Jaan_Tonisson_(Lasteleht), lk 75
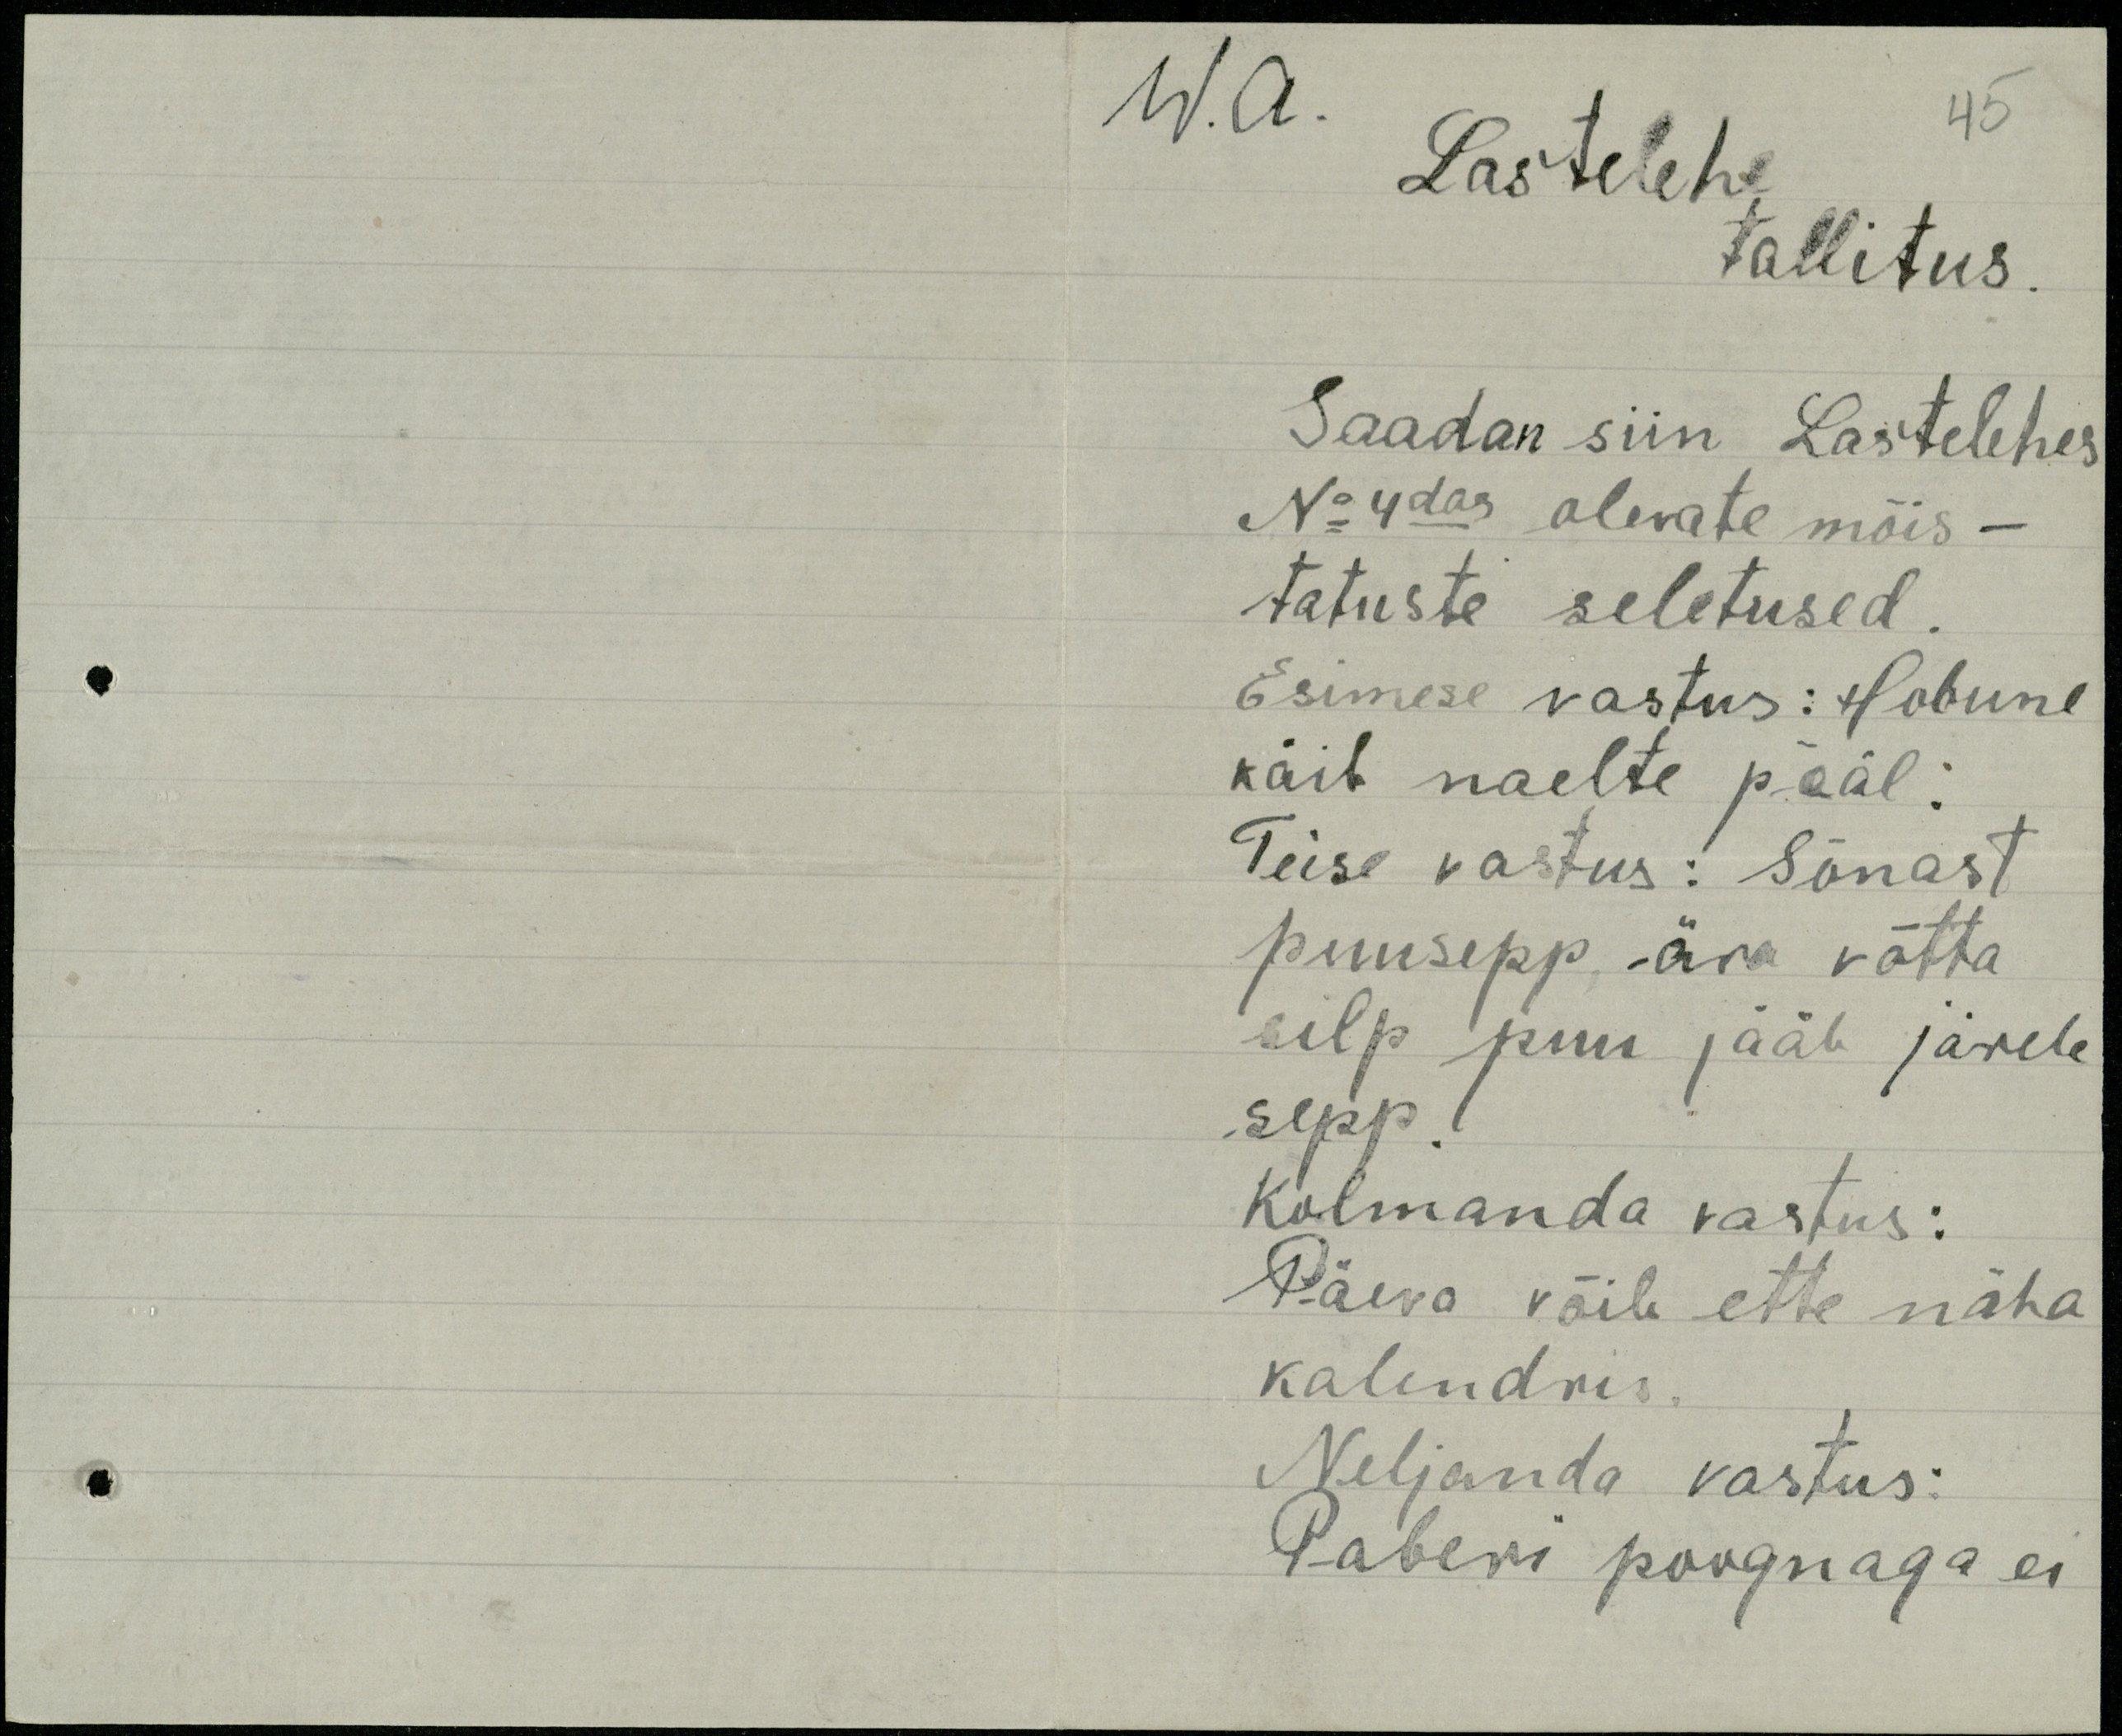
w.a.
Lastelehe
45
tallitus.
Saadan siin Lastelehes
No 4das olewate mõis-
tatuste seletused.
Esimese vastus: Hobune
käib naelte pääl:
Teise vastus: Sõnast
puusepp ära võtta
silp puu jääb järele
sepp
Kolmanda vastus:
Päeva võib ette näha
kalendris.
Neljanda vastus:
Paberi poognaga ei